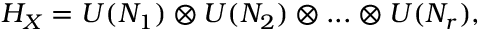
H _ { X } = U ( N _ { 1 } ) \otimes U ( N _ { 2 } ) \otimes . . . \otimes U ( N _ { r } ) ,